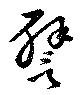
譬